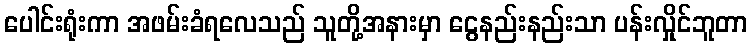
ပေါင်းရုံးကာ အဖမ်းခံရလေသည် သူတို့အနားမှာ ငွေနည်းနည်းသာ ပန်းလှိုင်ဘူတာ